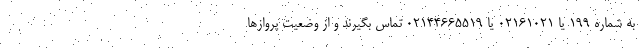
به شماره ۱۹۹ یا ۰۲۱۶۱۰۲۱ یا ۰۲۱۴۴۶۶۵۵۱۹ تماس بگیرند و از وضعیت پروازها